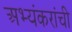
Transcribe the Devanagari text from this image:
अभ्यंकरांची